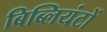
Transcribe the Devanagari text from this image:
बिब्लियंटों